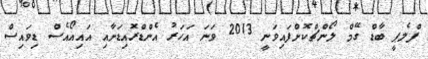
ފްލެޕީ ބާޑް ގޭމް ލޯންޗްކޮށްފައިވަނީ 2013 ވަނަ އަހަރު އެންޑްރޮއިޑަށާއި އައިއޯއެސް ޑިވައިސް